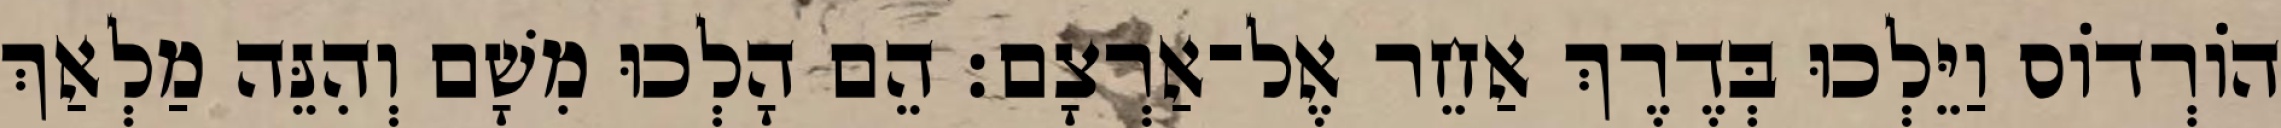
הוֹרְדוֹס וַיֵּלְכוּ בְּדֶרֶךְ אַחֵר אֶל־אַרְצָם׃ הֵם הָלְכוּ מִשָׁם וְהִנֵּה מַלְאַךְ